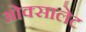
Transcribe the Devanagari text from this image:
ओक्सालेट